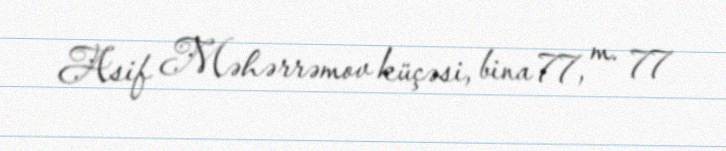
Asif Məhərrəmov küçəsi, bina 77, m. 77